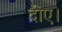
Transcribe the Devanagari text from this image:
दीए।